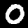
Digit: 0